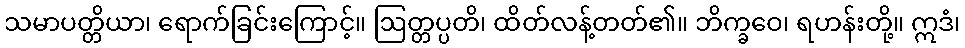
သမာပတ္တိယာ၊ ရောက်ခြင်းကြောင့်။ ဩတ္တပ္ပတိ၊ ထိတ်လန့်တတ်၏။ ဘိက္ခဝေ၊ ရဟန်းတို့။ ဣဒံ၊